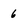
Character: 6